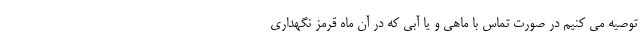
توصیه می کنیم در صورت تماس با ماهی و یا آبی که در آن ماه قرمز نگهداری